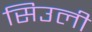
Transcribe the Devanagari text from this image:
सिउली